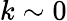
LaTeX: k\sim 0